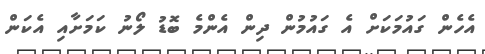
އެހެން ގައުމަކަށް އެ ގައުމުން ދިން އެންމެ ބޮޑު ލޯނު ކަމަށާއި އެކަން